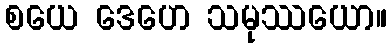
စယေ ဒေဟေ သမုဿယော။